Code of medical and sanitary regulations for the guidance of medical officers serving in the Madras Presidency - Volume I
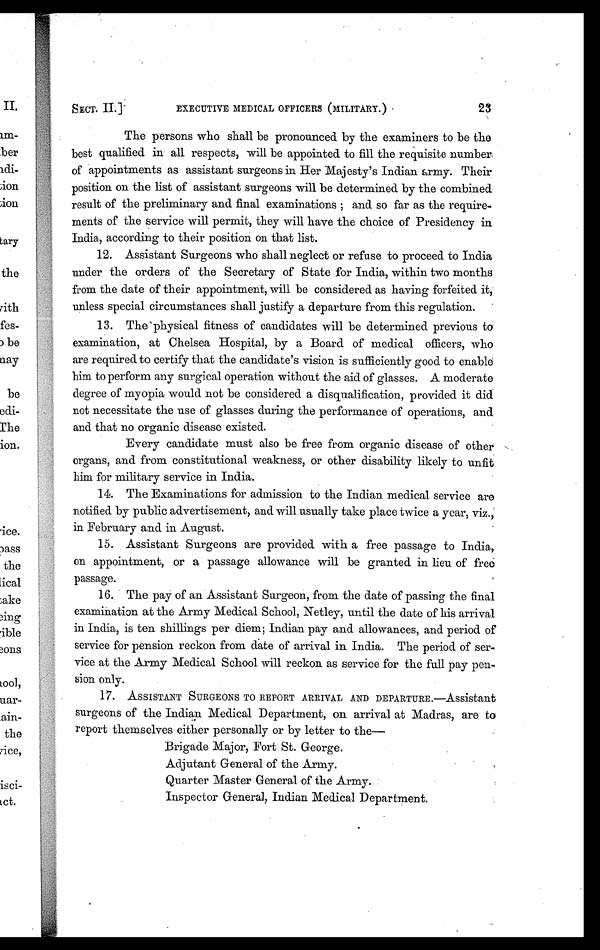
SECT. II.]
EXECUTIVE MEDICAL OFFICERS (MILITARY.)
23
The persons who shall be pronounced by the examiners to be the
best qualified in all respects, will be appointed to fill the requisite number,
of appointments as assistant surgeons in Her Majesty's Indian army. Their
position on the list of assistant surgeons will be determined by the combined
result of the preliminary and final examinations and so far as the require-
ments of the service will permit, they will have the choice of Presidency in
India, according to their position on that list.
12. Assistant Surgeons who shall neglect or refuse to proceed to India
under the orders of the Secretary of State for India, within two months
from the date of their appointment, will be considered as having forfeited it,
unless special circumstances shall justify a departure from this regulation.
13. The physical fitness of candidates will be determined previous to
examination, at Chelsea Hospital, by a Board of medical officers, who
are required to certify that the candidate's vision is sufficiently good to enable
him to perform any surgical operation without the aid of glasses. A moderate
degree of myopia would not be considered a disqualification, provided it did
not necessitate the use of glasses during the performance of operations, and
and that no organic disease existed.
Every candidate must also be free from organic disease of other
organs, and from constitutional weakness, or other disability likely to unfit
him for military service in India.
14. The Examinations for admission to the Indian medical service are
notified by public advertisement, and will usually take place twice a year, viz.,
in February and in August.
15. Assistant Surgeons are provided with a free passage to India,
on appointment, or a passage allowance will be granted in lieu of free
passage.
16. The pay of an Assistant Surgeon, from the date of passing the final
examination at the Army Medical School, Netley, until the date of his arrival
in India, is ten shillings per diem; Indian pay and allowances, and period of
service for pension reckon from date of arrival in India. The period of ser-
vice at the Army Medical School will reckon as service for the full pay pen-
sion only.
17. ASSISTANT SURGEONS TO REPORT ARRIVAL AND DEPARTURE.—Assistant
surgeons of the Indian Medical Department, on arrival at Madras, are to
report themselves either personally or by letter to the—
Brigade Major, Fort St. George.
Adjutant General of the Army.
Quarter Master General of the Army.
Inspector General, Indian Medical Department.